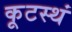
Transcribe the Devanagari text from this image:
कूटस्थं